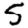
Digit: 5